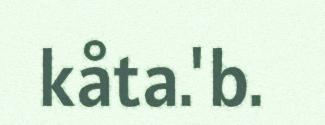
kåta.'b.